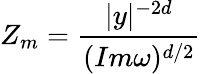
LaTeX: Z_{m}=\frac{|y|^{-2d}}{(Im\omega)^{d/2}}